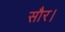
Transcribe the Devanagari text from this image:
सौर।